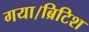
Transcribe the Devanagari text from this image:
गया।ब्रिटिश